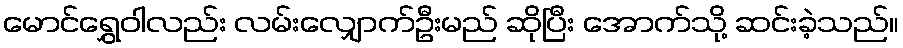
မောင်ရွှေဝါလည်း လမ်းလျှောက်ဦးမည် ဆိုပြီး အောက်သို့ ဆင်းခဲ့သည်။